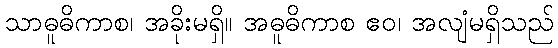
သာဓူဓိကာစ၊ အခိုးမရှိ။ အဓူဓိကာစ ဧဝ၊ အလျံမရှိသည်